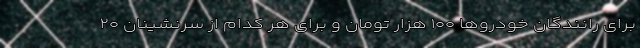
برای رانندگان خودرو‌ها ۱۰۰ هزار تومان و برای هر کدام از سرنشینان ۲۰